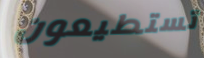
تستطيعون